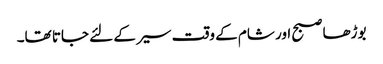
بوڑھا صبح اور شام کے وقت سیر کے لئے جاتا تھا۔